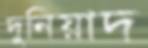
দুনিয়াদ